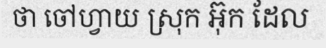
ថា ចៅហ្វាយ ស្រុក អ៊ុក ដែល